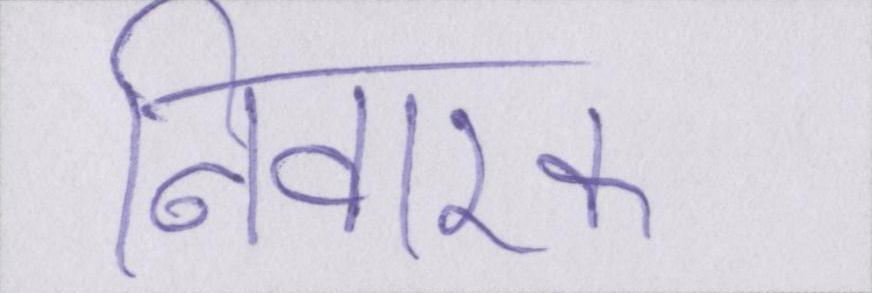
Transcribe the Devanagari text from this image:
निवारक